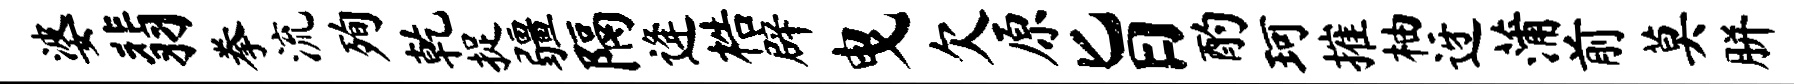
婆翡拳流殉乾捉疆隔逄梏辟曳欠原旨酌珂摧柚迓蒲前莫胼